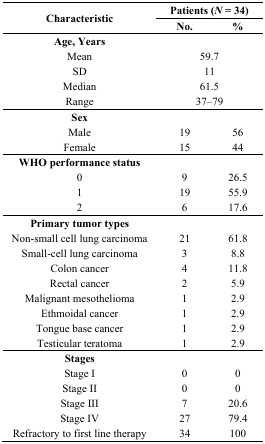
<table><thead><tr><td rowspan="2"><b>Characteristic</b></td><td colspan="2"><b>Patients (<i>N</i> = 34)</b></td></tr><tr><td><b>No.</b></td><td><b>%</b></td></tr></thead><tbody><tr><td><b>Age, Years</b></td><td></td><td></td></tr><tr><td>Mean</td><td colspan="2">59.7</td></tr><tr><td>SD</td><td colspan="2">11</td></tr><tr><td>Median</td><td colspan="2">61.5</td></tr><tr><td>Range</td><td colspan="2">37–79</td></tr><tr><td><b>Sex</b></td><td></td><td></td></tr><tr><td>Male</td><td>19</td><td>56</td></tr><tr><td>Female</td><td>15</td><td>44</td></tr><tr><td><b>WHO performance status</b></td><td></td><td></td></tr><tr><td>0</td><td>9</td><td>26.5</td></tr><tr><td>1</td><td>19</td><td>55.9</td></tr><tr><td>2</td><td>6</td><td>17.6</td></tr><tr><td><b>Primary tumor types</b></td><td></td><td></td></tr><tr><td>Non-small cell lung carcinoma</td><td>21</td><td>61.8</td></tr><tr><td>Small-cell lung carcinoma</td><td>3</td><td>8.8</td></tr><tr><td>Colon cancer</td><td>4</td><td>11.8</td></tr><tr><td>Rectal cancer</td><td>2</td><td>5.9</td></tr><tr><td>Malignant mesothelioma</td><td>1</td><td>2.9</td></tr><tr><td>Ethmoidal cancer</td><td>1</td><td>2.9</td></tr><tr><td>Tongue base cancer</td><td>1</td><td>2.9</td></tr><tr><td>Testicular teratoma</td><td>1</td><td>2.9</td></tr><tr><td><b>Stages</b></td><td></td><td></td></tr><tr><td>Stage I</td><td>0</td><td>0</td></tr><tr><td>Stage II</td><td>0</td><td>0</td></tr><tr><td>Stage III</td><td>7</td><td>20.6</td></tr><tr><td>Stage IV</td><td>27</td><td>79.4</td></tr><tr><td>Refractory to first line therapy</td><td>34</td><td>100</td></tr></tbody></table>